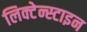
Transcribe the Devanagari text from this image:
लिक्टेन्स्टाइन